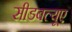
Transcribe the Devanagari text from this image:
सीडबल्यूए